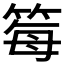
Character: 𫂂